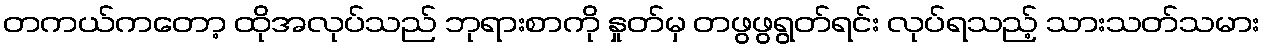
တကယ်ကတော့ ထိုအလုပ်သည် ဘုရားစာကို နှုတ်မှ တဖွဖွရွတ်ရင်း လုပ်ရသည့် သားသတ်သမား